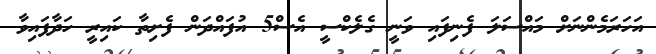
އަހަރަމެންނަށް މައްސަލަ ފެނިފައި ވަނީ ގެލެކްސީ އެސް5 އުފައްދަން ފެށިތާ ކައިރީ ހަދާފައިވާ